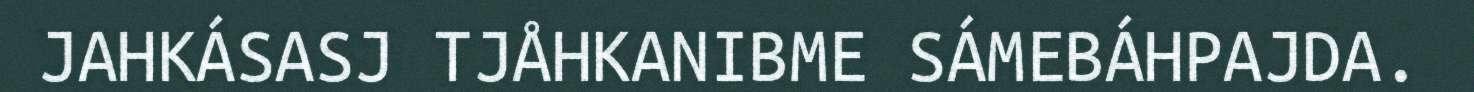
JAHKÁSASJ TJÅHKANIBME SÁMEBÁHPAJDA.